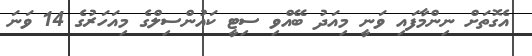
އެގޮތަށް ނިންމާފައި ވަނީ މިއަދު ބޭއްވި ސިޓީ ކައުންސިލްގެ މިއަހަރުގެ 14 ވަނަ